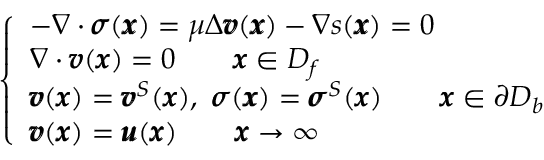
\left\{ \begin{array} { l l } { - \nabla \cdot { \pmb \sigma } ( { \pmb x } ) = \mu \Delta { \pmb v } ( { \pmb x } ) - \nabla s ( { \pmb x } ) = 0 } \\ { \nabla \cdot { \pmb v } ( { \pmb x } ) = 0 \qquad { \pmb x } \in D _ { f } } \\ { { \pmb v } ( { \pmb x } ) = { \pmb v } ^ { S } ( { \pmb x } ) , \ { \pmb \sigma } ( { \pmb x } ) = { \pmb \sigma } ^ { S } ( { \pmb x } ) \qquad { \pmb x } \in \partial D _ { b } } \\ { { \pmb v } ( { \pmb x } ) = { \pmb u } ( { \pmb x } ) \qquad { \pmb x } \rightarrow \infty } \end{array} \right.